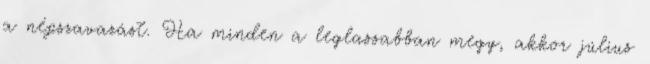
a népszavazást. Ha minden a leglassabban megy, akkor július